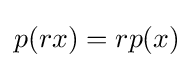
p(rx)=rp(x)